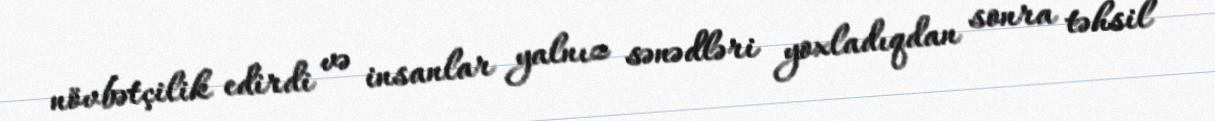
növbətçilik edirdi və insanlar yalnız sənədləri yoxladıqdan sonra təhsil